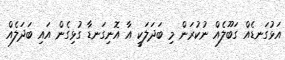
އަޅުގަނޑެއް ގަބޫލެއް ނުކުރަން މި ބަދަލަކީ އާ އޮނިގަނޑާ ގުޅިގެން އައި ބަދަލެއް